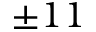
\pm 1 1